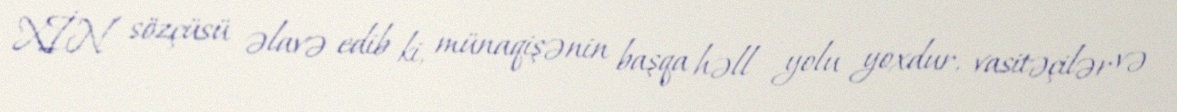
XİN sözçüsü əlavə edib ki, münaqişənin başqa həll yolu yoxdur, vasitəçilər və